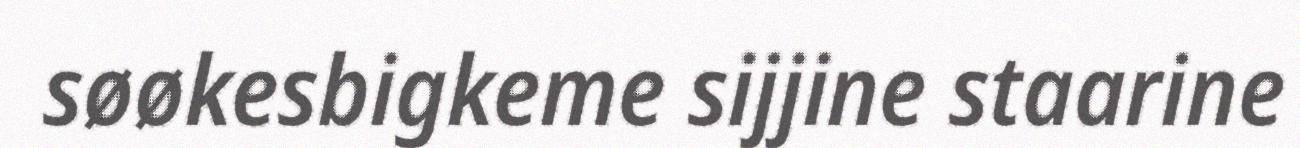
søøkesbigkeme sijjine staarine